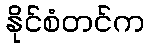
နိုင်စံတင်က